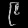
Digit: ၉